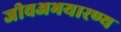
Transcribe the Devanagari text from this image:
जीवअभयारण्य